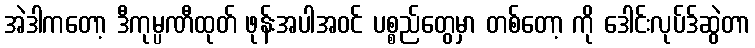
အဲဒါကတော့ ဒီကုမ္ပဏီထုတ် ဖုန်းအပါအဝင် ပစ္စည်တွေမှာ တစ်တော့ ကို ဒေါင်းလုပ်ဒ်ဆွဲတာ